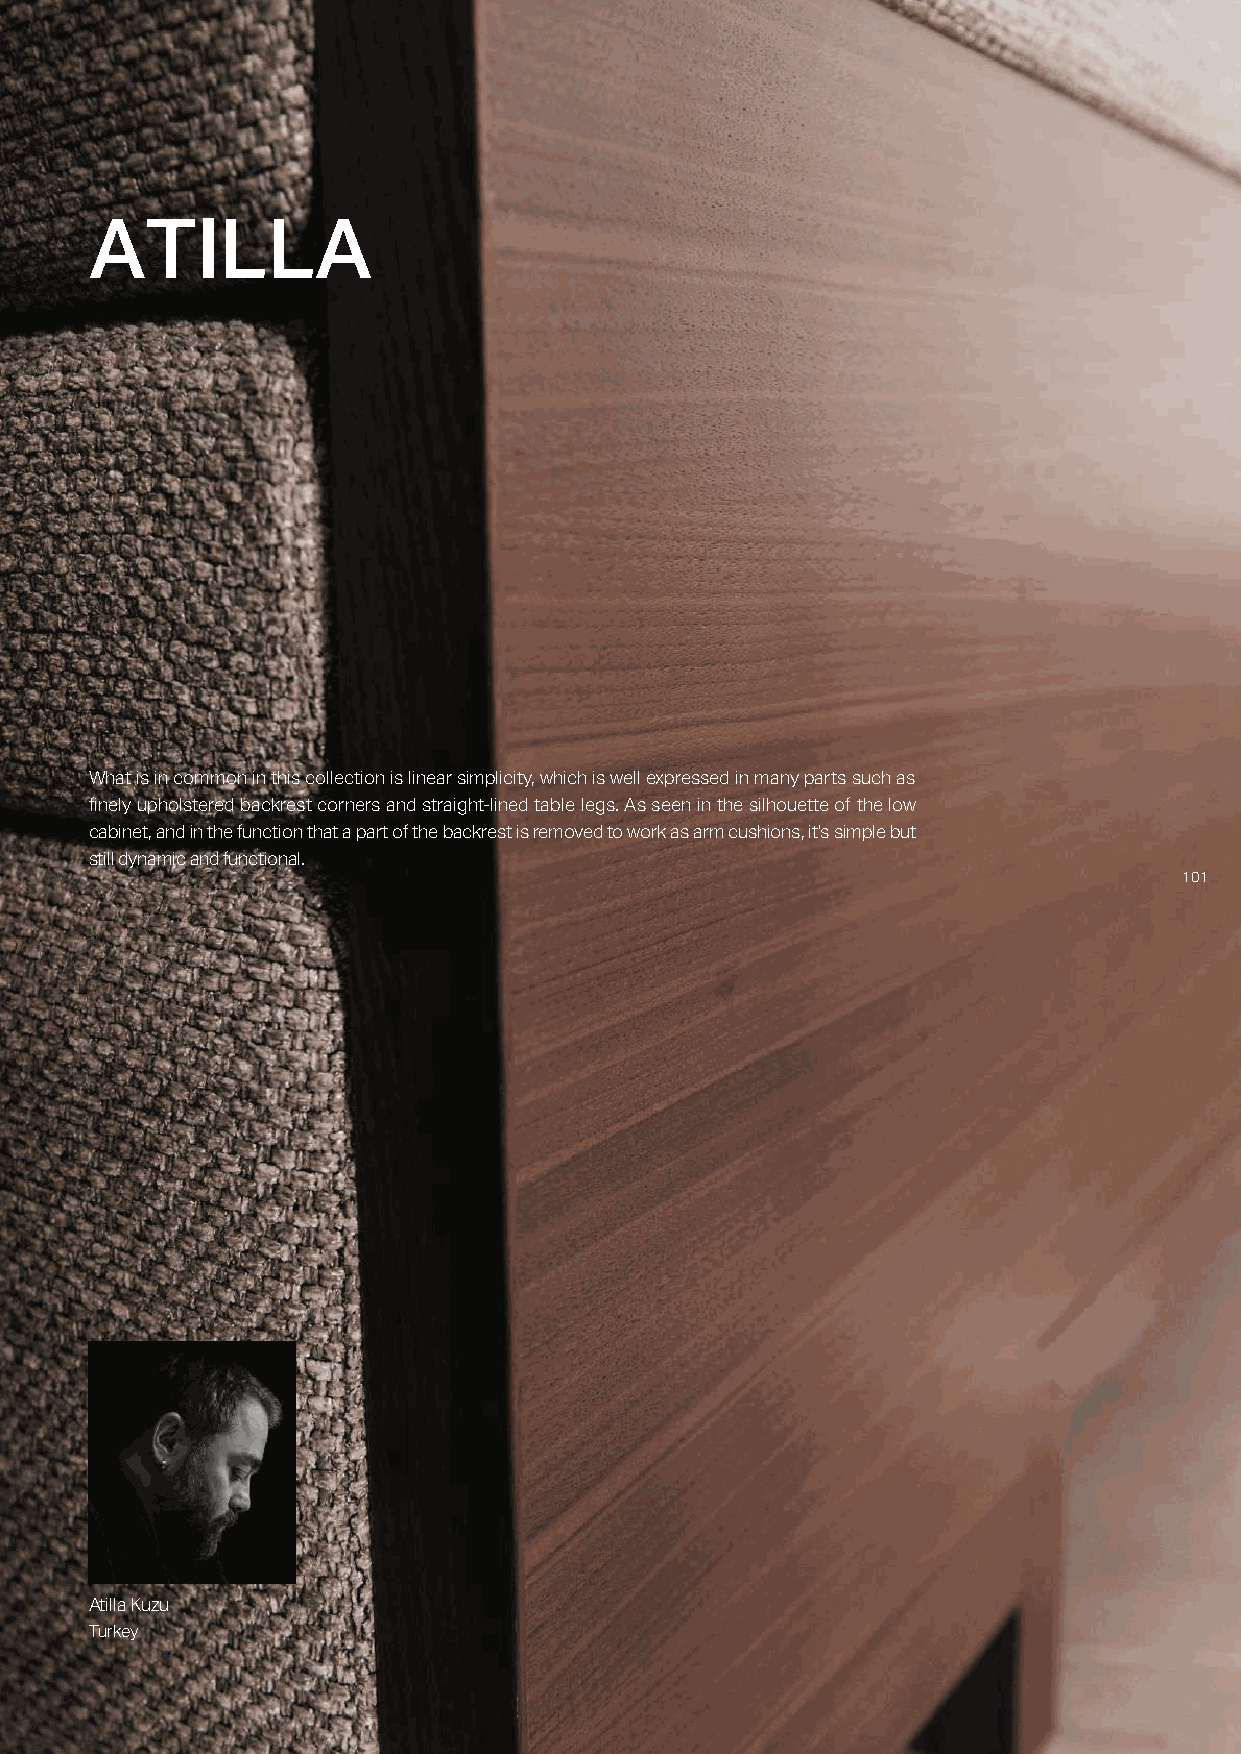
ATILLA
 What is in common in this collection is linear simplicity, which is well expressed in many parts such as
 finely upholstered backrest corners and straight-lined table legs. As seen in the silhouette of the low
 cabinet, and in the function that a part of the backrest is removed to work as arm cushions, it's simple but
 still dynamic and functional.
 110011
 Atilla Kuzu
 Turkey